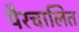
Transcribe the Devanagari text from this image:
पैरचालित